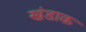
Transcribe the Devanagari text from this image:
खंडाक